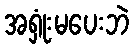
အရှုံးမပေးဘဲ